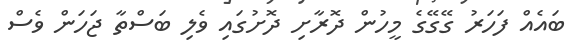
ބައެއް ފަހަރު ގޭގޭގެ މީހުން ދޮރާށި ދޮށުގައި ވެލި ބަސްތާ ޖަހަން ވެސް